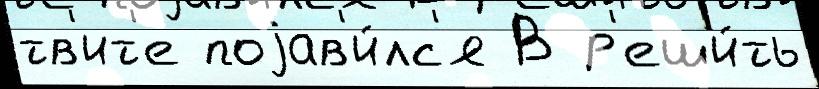
тв'ит'е поjав'и́лс'я В р'еши́ть